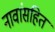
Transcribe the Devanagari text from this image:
नावांसहित